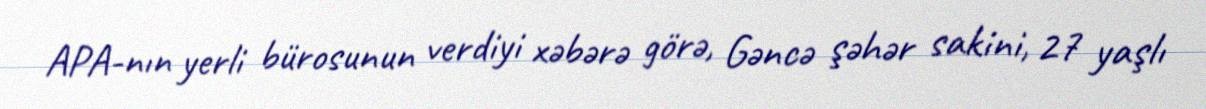
APA-nın yerli bürosunun verdiyi xəbərə görə, Gəncə şəhər sakini, 27 yaşlı